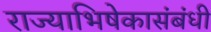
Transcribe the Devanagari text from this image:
राज्याभिषेकासंबंधी